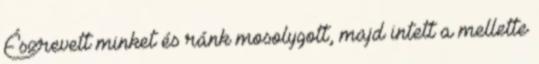
Észrevett minket és ránk mosolygott, majd intett a mellette